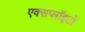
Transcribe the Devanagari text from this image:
एक्सप्लॉइटों